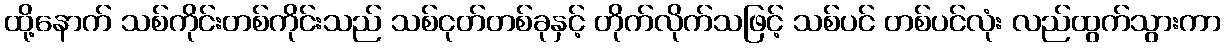
ထို့နောက် သစ်ကိုင်းတစ်ကိုင်းသည် သစ်ငုတ်တစ်ခုနှင့် တိုက်လိုက်သဖြင့် သစ်ပင် တစ်ပင်လုံး လည်ထွက်သွားကာ